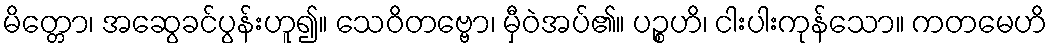
မိတ္တော၊ အဆွေခင်ပွန်းဟူ၍။ သေဝိတဗ္ဗော၊ မှီဝဲအပ်၏။ ပဉ္စဟိ၊ ငါးပါးကုန်သော။ ကတမေဟိ